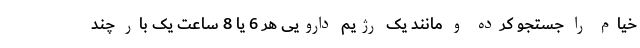
خیام را جستجو کرده و مانند یک رژیم دارویی هر 6 یا 8 ساعت یک بار چند